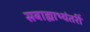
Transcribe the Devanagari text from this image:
सबाह्याभ्यंतरीं